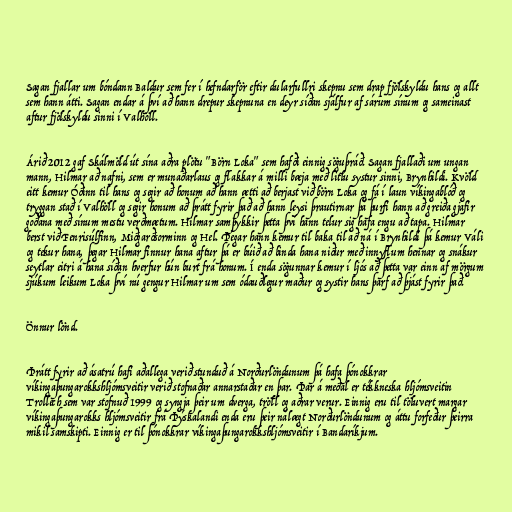
Sagan fjallar um bóndann Baldur sem fer í hefndarför eftir dularfullri skepnu sem drap fjölskyldu hans og allt
sem hann átti. Sagan endar á því að hann drepur skepnuna en deyr síðan sjálfur af sárum sínum og sameinast
aftur fjölskyldu sinni í Valhöll.

Árið 2012 gaf Skálmöld út sína aðra plötu "Börn Loka" sem hafði einnig söguþráð. Sagan fjallaði um ungan
mann, Hilmar að nafni, sem er munaðarlaus og flakkar á milli bæja með litlu systur sinni, Brynhildi. Kvöld
eitt kemur Óðinn til hans og segir að honum að hann ætti að berjast við börn Loka og fá í laun víkingablóð og
tryggan stað í Valhöll og segir honum að þrátt fyrir það að hann leysi þrautirnar þá þurfi hann að greiða gjafir
goðana með sínum mestu verðmætum. Hilmar samþykkir þetta því hann telur sig hafa engu að tapa. Hilmar
berst við Fenrisúlfinn, Miðgarðsorminn og Hel. Þegar hann kemur til baka til að ná í Brynhildi þá kemur Váli
og tekur hana, þegar Hilmar finnur hana aftur þá er búið að binda hana niður með innyflum hennar og snákur
seytlar eitri á hana síðan hverfur hún burt frá honum. Í enda sögunnar kemur í ljós að þetta var einn af mörgum
sjúkum leikum Loka því nú gengur Hilmar um sem ódauðlegur maður og systir hans þarf að þjást fyrir það.

Önnur lönd.

Þrátt fyrir að ásatrú hafi aðallega verið stunduð á Norðurlöndunum þá hafa þónokkrar
víkingaþungarokkshljómsveitir verið stofnaðar annarstaðar en þar. Þar á meðal er tékkneska hljómsveitin
Trollech sem var stofnuð 1999 og syngja þeir um dverga, tröll og aðrar verur. Einnig eru til töluvert margar
víkingaþungarokks hljómsveitir frá Þýskalandi enda eru þeir nálægt Norðurlöndunum og áttu forfeður þeirra
mikil samskipti. Einnig er til þónokkrar víkingaþungarokkshljómsveitir í Bandaríkjum.